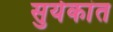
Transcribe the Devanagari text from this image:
सुर्यकांत